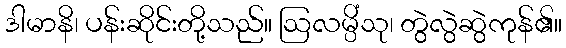
ဒါမာနိ၊ ပန်းဆိုင်းတို့သည်။ ဩလမ္ပိံသု၊ တွဲလွဲဆွဲကုန်၏။